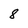
Character: 8